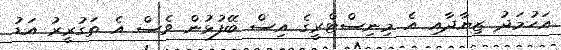
އަހުމަދު ޒިޔާދާއި އެ މިނިސްޓްރީގެ އިސް ބޭފުޅުން ވެސް އެ ތަގުރީރު އަޑު